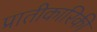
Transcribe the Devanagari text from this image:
प्रातीकारिकी